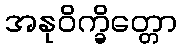
အနုဝိက္ခိတ္တော